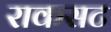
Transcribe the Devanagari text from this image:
राकसट